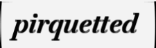
pirquetted